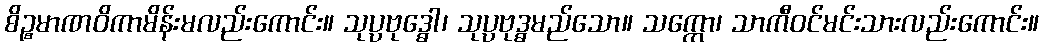
စိဉ္စမာဏဝိကာမိန်းမလည်းကောင်း။ သုပ္ပဗုဒ္ဓေါ၊ သုပ္ပဗုဒ္ဓမည်သော။ သက္ကော၊ သာကီဝင်မင်းသားလည်းကောင်း။